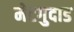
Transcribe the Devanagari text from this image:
मेटगुदाड